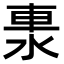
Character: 𨋈